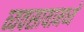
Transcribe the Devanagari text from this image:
व्यवसायामध्ये